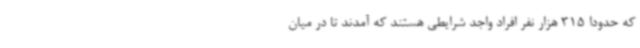
که حدودا 315 هزار نفر افراد واجد شرایطی هستند که آمدند تا در میان